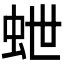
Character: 𮓽